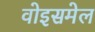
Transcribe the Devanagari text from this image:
वोइसमेल